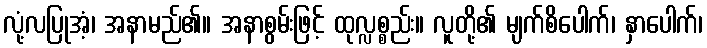
လုံ့လပြုအံ့၊ အနာမည်၏။ အနာစွမ်းဖြင့် ထုလ္လစ္စည်း။ လူတို့၏ မျက်စိပေါက်၊ နှာပေါက်၊